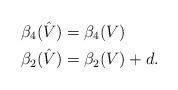
LaTeX: \begin{align*} \beta_4( \hat V ) &= \beta_4( V ) \qquad \\ \beta_2( \hat V ) &= \beta_2( V ) + d.\end{align*}